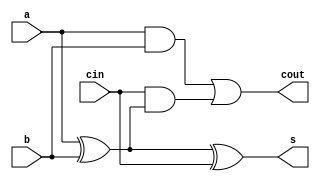
module FA(s, cout, a,b,cin);
input a,b,cin;
output s, cout;

wire x, y, z ;

xor(x, a, b);
and (y, a,b);
and(z, cin, x);

xor(s, a,b,cin);
or(cout, y, z);

endmodule

module FA_4_bit(sum, cout, a,b,cin);

input [3:0]a, b;
input cin;
output [3:0] sum;
output cout;

wire c1,c2, c3;

FA fa0(sum[0], c1, a[0], b[0], cin);
FA fa1(sum[1], c2, a[1], b[1], c1);
FA fa2(sum[2], c3, a[2], b[2], c2);
FA fa3(sum[3], cout, a[3], b[3], c3);

endmodule